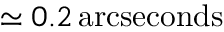
\simeq 0 . 2 \, \mathrm { a r c s e c o n d s }